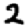
Digit: 2